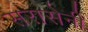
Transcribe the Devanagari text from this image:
सरासेनी